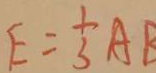
E = \frac { 1 } { 3 } A B